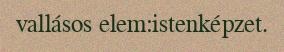
vallásos elem:istenképzet.